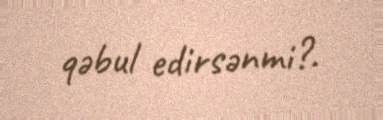
qəbul edirsənmi?.